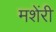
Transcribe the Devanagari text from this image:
मशेंरी